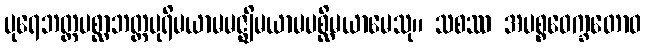
ပုရေဘတ္တပစ္ဆာဘတ္တပုရိမယာမမဇ္ဈိမယာမပစ္ဆိမယာမေသု။ သစဿ အပစ္စဝေက္ခတောဝ